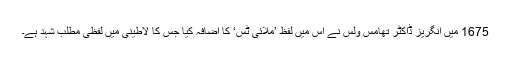
1675 میں‌ انگریز ڈاکٹر تھامس ولس نے اس میں‌ لفظ ’ملائی ٹس‘ کا اضافہ کیا جس کا لاطینی میں‌ لفظی مطلب شہد ہے۔